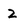
Character: 2